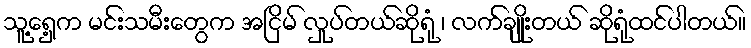
သူ့ရှေ့က မင်းသမီးတွေက အငြိမ် လှုပ်တယ်ဆိုရုံ ၊ လက်ချိုးတယ် ဆိုရုံထင်ပါတယ်။